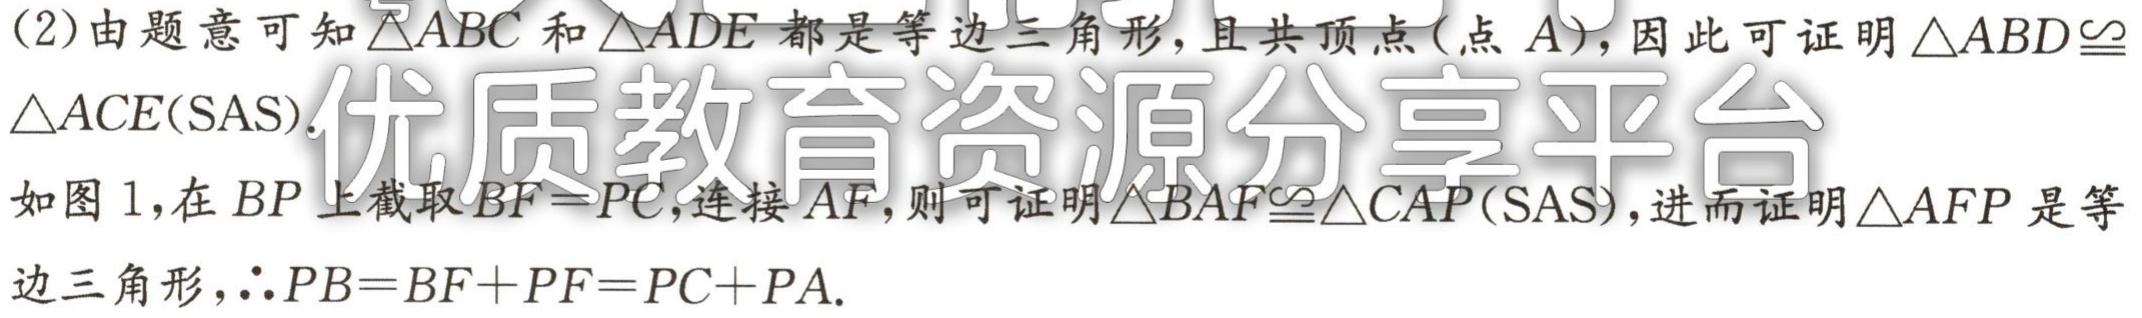
(2)由题意可知\(\triangle ABC\)和\(\triangle ADE\)都是等边三角形，且共顶点(点\(A\))，因此可证明\(\triangle ABD\cong\triangle ACE(\text{SAS})\).
如图1，在\(BP\)上截取\(BF = PC\)，连接\(AF\)，则可证明\(\triangle BAF\cong\triangle CAP(\text{SAS})\)，进而证明\(\triangle AFP\)是等边三角形，\(\therefore PB=BF + PF=PC + PA\).